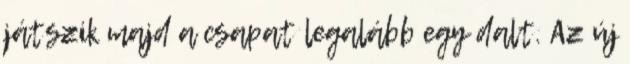
játszik majd a csapat legalább egy dalt. Az új